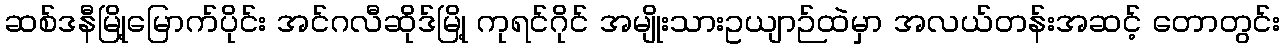
ဆစ်ဒနီမြို့မြောက်ပိုင်း အင်ဂလီဆိုဒ်မြို့ ကုရင်ဂိုင် အမျိုးသားဥယျာဉ်ထဲမှာ အလယ်တန်းအဆင့် တောတွင်း